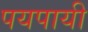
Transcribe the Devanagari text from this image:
पयपायी